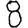
Digit: 8